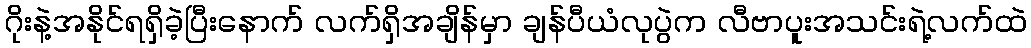
ဂိုးနဲ့အနိုင်ရရှိခဲ့ပြီးနောက် လက်ရှိအချိန်မှာ ချန်ပီယံလုပွဲက လီဗာပူးအသင်းရဲ့လက်ထဲ